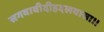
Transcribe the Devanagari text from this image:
सगवावीदीहदलवासा।।